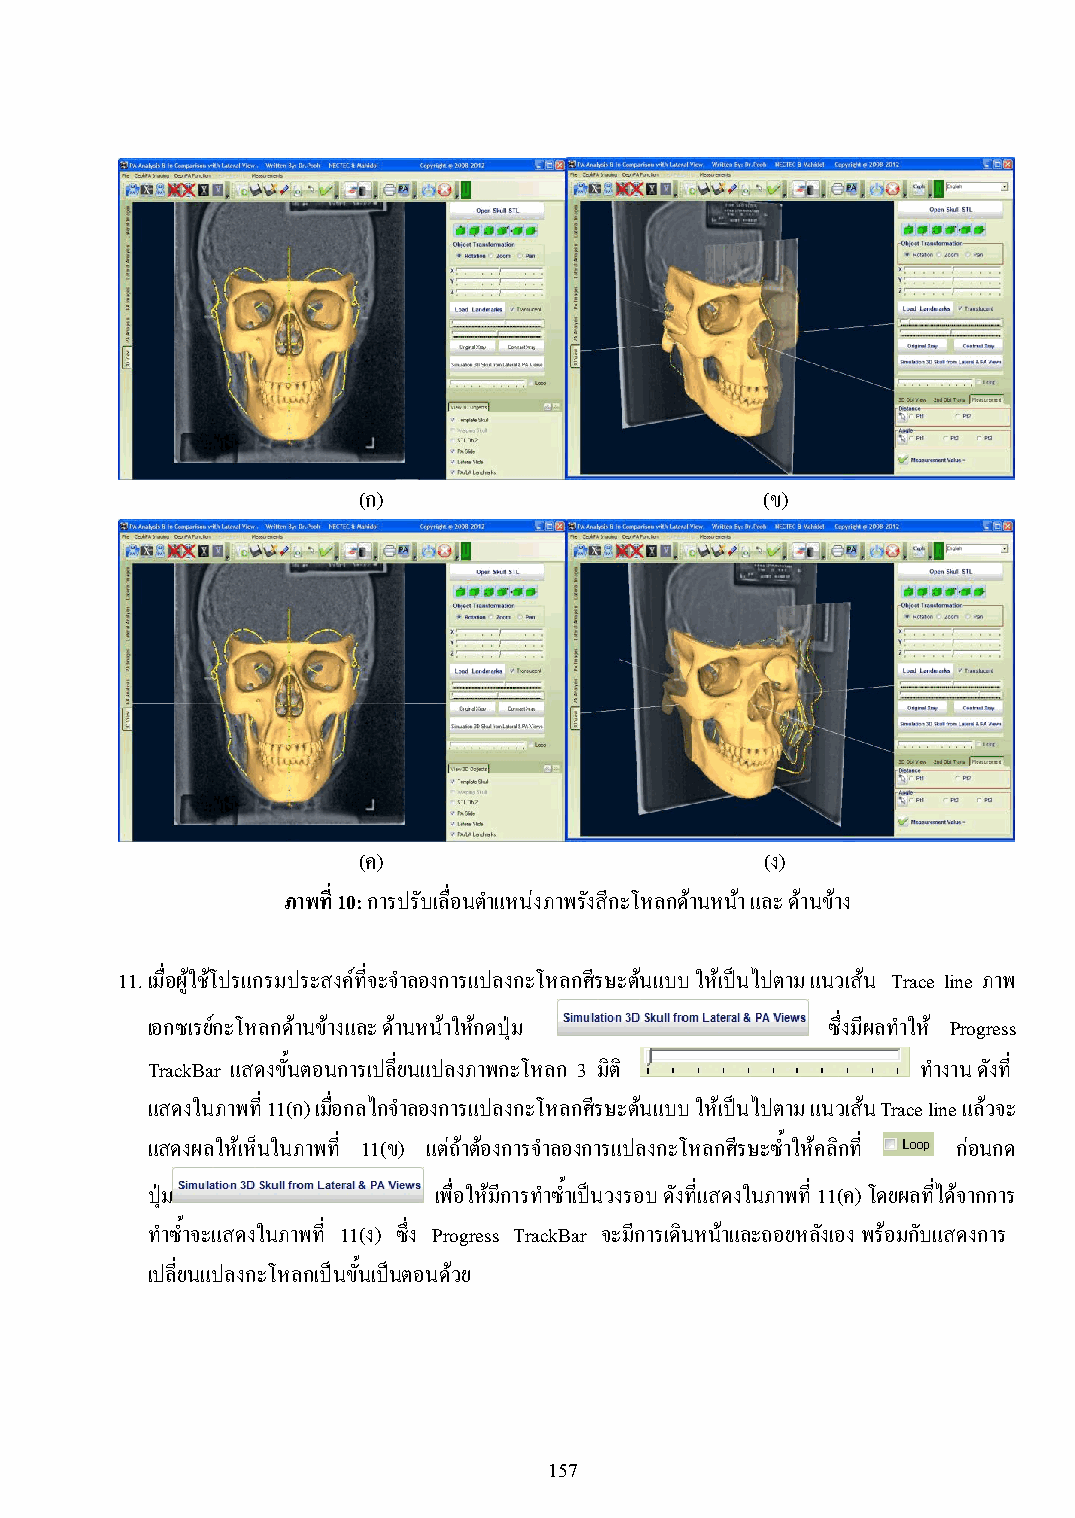
(ก)                       (ข)
 (ค)                        (ง)
 ภาพที่ 10: การปรับเลื่อนต าแหน่งภาพรังสีกะโหลกด้านหน้า และ ด้านข้าง
 11. เมื่อผู้ใช้โปรแกรมประสงค์ที่จะจ าลองการแปลงกะโหลกศีรษะต้นแบบ ให้เป็นไปตาม แนวเส้น Trace line ภาพ
 เอกซเรย์กะโหลกด้านขา้ งและ ด้านหน้าให้กดปุ่ม ซึ่งมีผลท าให้ Progress
 TrackBar แสดงขั้นตอนการเปลี่ยนแปลงภาพกะโหลก 3 มิติ ท างาน ดังที่
 แสดงในภาพที่ 11(ก) เมื่อกลไกจ าลองการแปลงกะโหลกศีรษะต้นแบบ ให้เป็นไปตาม แนวเส้น Trace line แล้วจะ
 แสดงผลให้เห็นในภาพที่ 11(ข) แตถ่ ้าต้องการจ าลองการแปลงกะโหลกศีรษะซ้ าให้คลิกที่ ก่อนกด
 ปุ่ม               เพื่อให้มีการท าซ้ าเป็นวงรอบ ดังที่แสดงในภาพที่ 11(ค) โดยผลที่ได้จากการ
 ท าซ้ าจะแสดงในภาพที่ 11(ง) ซึ่ง Progress TrackBar จะมีการเดินหน้าและถอยหลังเอง พร้อมกับแสดงการ
 เปลี่ยนแปลงกะโหลกเป็นขั้นเปน็ ตอนด้วย
 157